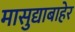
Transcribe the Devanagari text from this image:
मासुद्याबाहेर